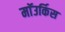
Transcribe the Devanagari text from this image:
माॅउर्किस